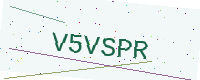
Text: V5VSPR